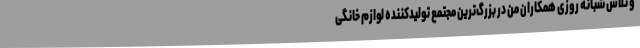
و تلاش شبانه روزی همکاران من در بزرگ‌ترین مجتمع تولیدکننده لوازم خانگی